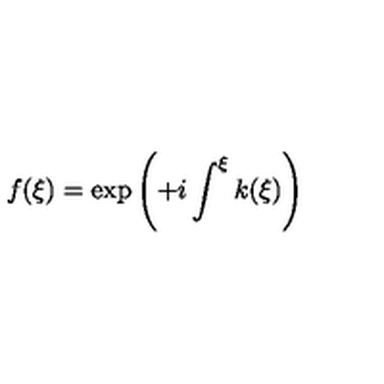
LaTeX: f ( \xi ) = \exp \left( + i \int ^ { \xi } k ( \xi ) \right)